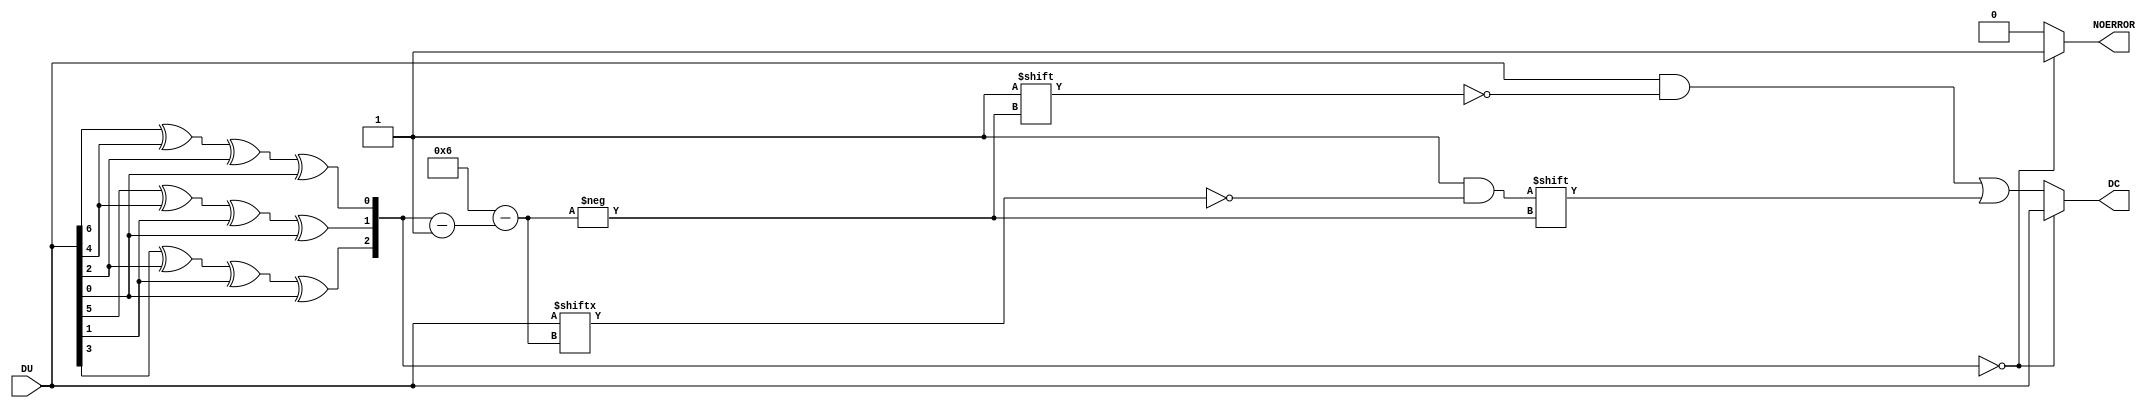
module Var6_89(DU,DC,NOERROR);
	input [1:7] DU;
	output [1:7] DC;
	output NOERROR;
	reg [1:7] DC;
	reg NOERROR;
	
	function [2:0] syndrome;
		input [1:7] D;
		begin
			syndrome[0] = D[1] ^ D[3] ^ D[5] ^ D[7];
			syndrome[1] = D[2] ^ D[3] ^ D[6] ^ D[7];
			syndrome[2] = D[4] ^ D[5] ^ D[6] ^ D[7];
		end
	endfunction
	
	integer i;
	always @ (DU)
	begin
		DC = DU;
		i = syndrome(DU);
		if(i == 3'b0) NOERROR = 1'b1;
		else
		begin
			NOERROR = 1'b0;
			DC[i] = ~DU[i];
		end
	end
endmodule